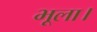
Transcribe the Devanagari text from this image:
भूला।